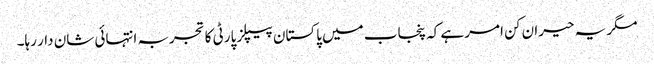
مگر یہ حیران کن امر ہے کہ پنجاب میں پاکستان پیپلز پارٹی کا تجربہ انتہائی شان دار رہا۔